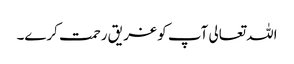
اللہ تعالی آپ کو غر یق رحمت کرے۔